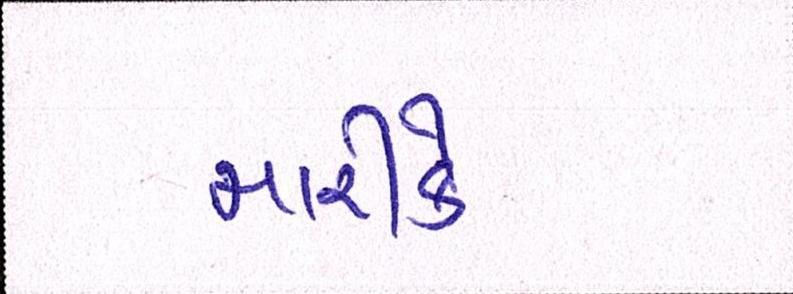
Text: મારીકે